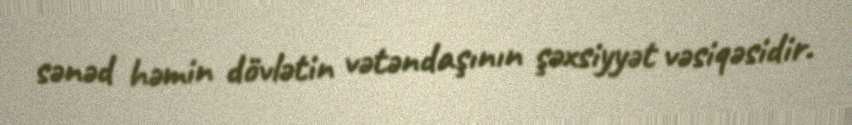
sənəd həmin dövlətin vətəndaşının şəxsiyyət vəsiqəsidir.